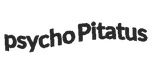
psycho Pitatus